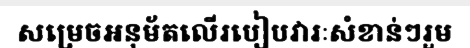
សម្រេចអនុម័តលើរបៀបវារៈសំខាន់ៗរួម